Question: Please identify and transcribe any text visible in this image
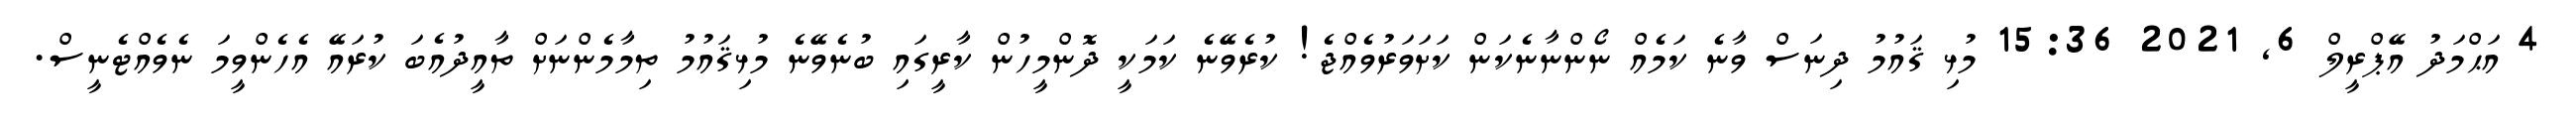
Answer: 4 އަޙްމަދު އޭޕްރީލް 6, 2021 15:36 މުޅި ޤައުމު ދިނަސް ވާނެ ކަމެއް ނޯންނާނެކަން ކަށަވަރުވެއްޖެ! ކުރެވޭނެ ކަމަކީ ދޮންމީހުން ކާރީގައި ބުނެވޭނެ މުޅިޤައުމު ތިމާމެންނަށް ތާއީދުއެބަ ކުރައޭ އެހެންވީމަ ނެވެއްޓެނީސް.